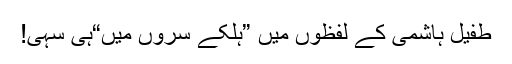
طفیل ہاشمی کے لفظوں میں ”ہلکے سروں میں“ہی سہی!